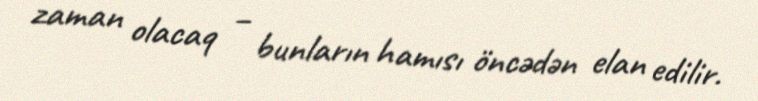
zaman olacaq – bunların hamısı öncədən elan edilir.